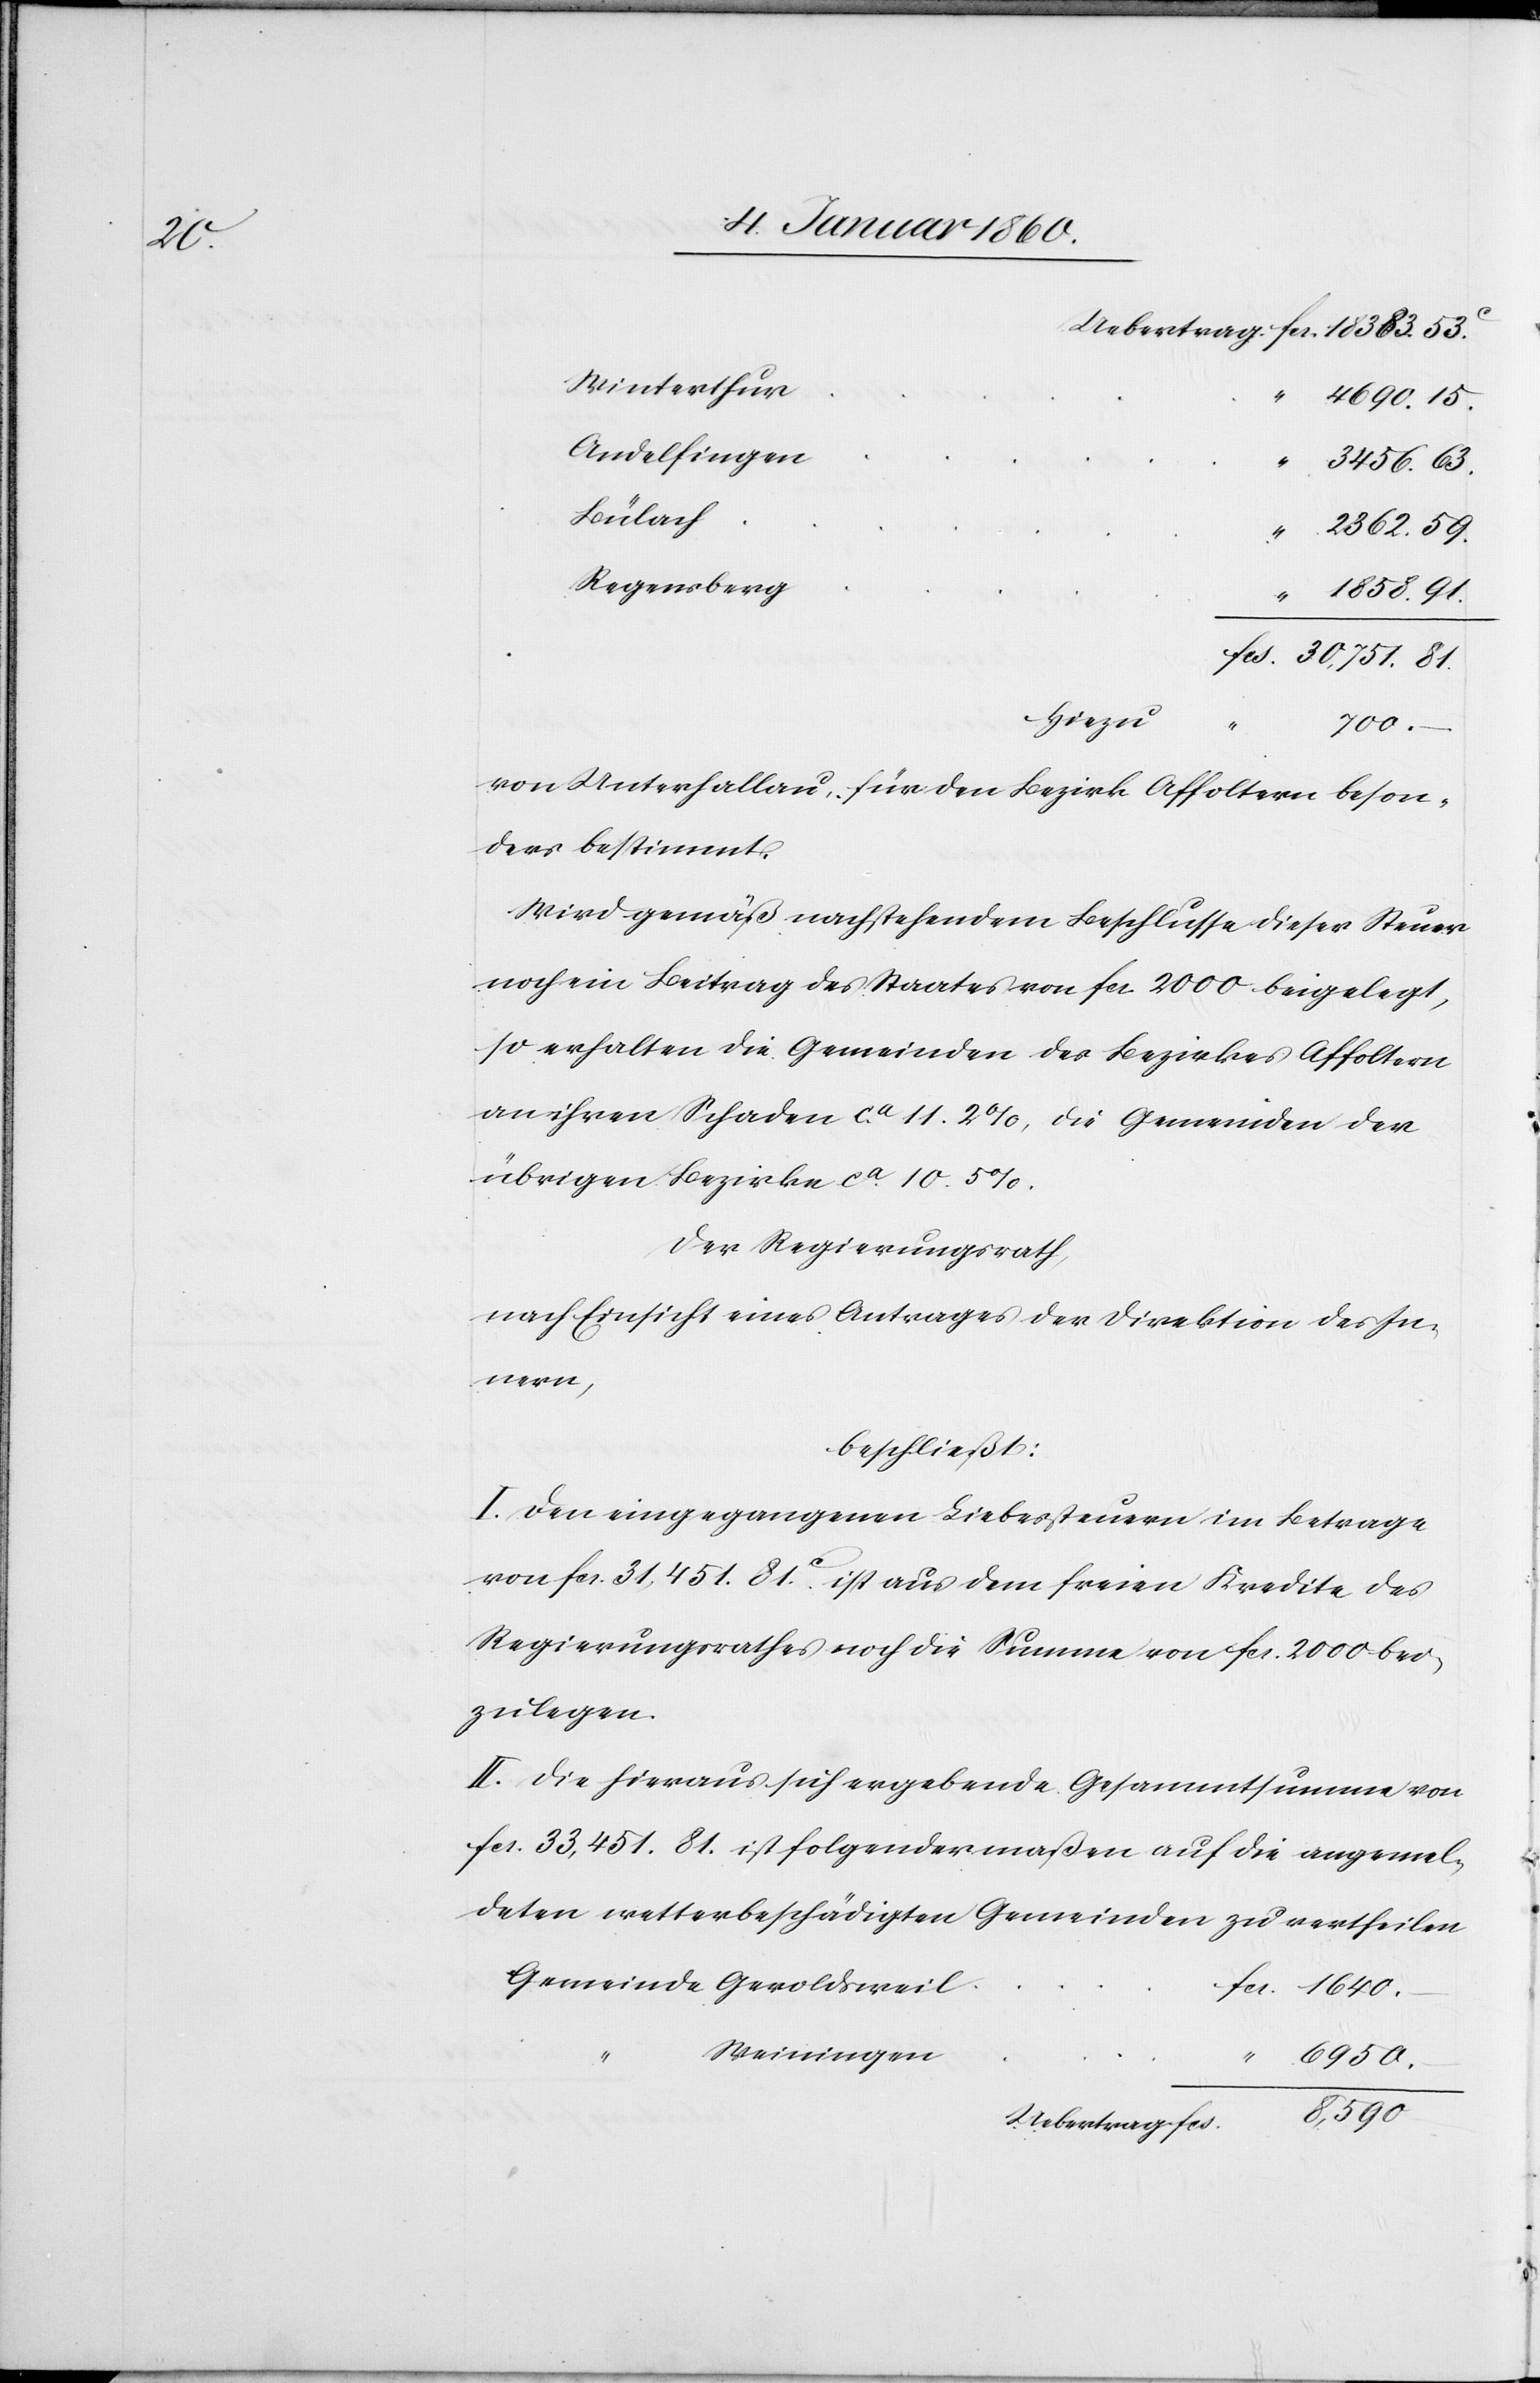
81.

Winterthur
Andelfingen
Bülach
Regensberg
hiezu
700.
von Unterhallau, für den Bezirk Affoltern beson¬
ders bestimmt.
Wird gemäß nachstehendem Beschlusse dieser Steuer
noch ein Beitrag des Staates von fcs. 2000. beigelegt,
so erhalten die Gemeinden der Bezirke Affoltern
an ihren Schaden ca 11. 2% die Gemeinden der
übrigen Bezirke ca 10. 5%.
Der Regierungsrath,
nach Einsicht eines Antrages der Direktion des In¬
nern,
beschließt:
I. den eingegangenen Liebesteuern im Betrage
von fcs. 31,451. 81.C ist aus dem freien Kredite des
Regierungsrathes noch die Summe von fcs. 2000. bei¬
zulegen.
II. Die hieraus sich ergebende Gesammtsumme von
fcs. 33,451. 81. ist folgendermaßen auf die angemel¬
deten wetterbeschädigten Gemeinden zu vertheilen.
Weiningen
8,590.